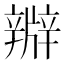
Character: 㸤